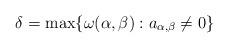
LaTeX: \begin{align*}\delta = \max \{ \omega(\alpha, \beta) : a_{\alpha, \beta} \neq 0\}\end{align*}